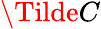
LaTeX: \Tilde{C}